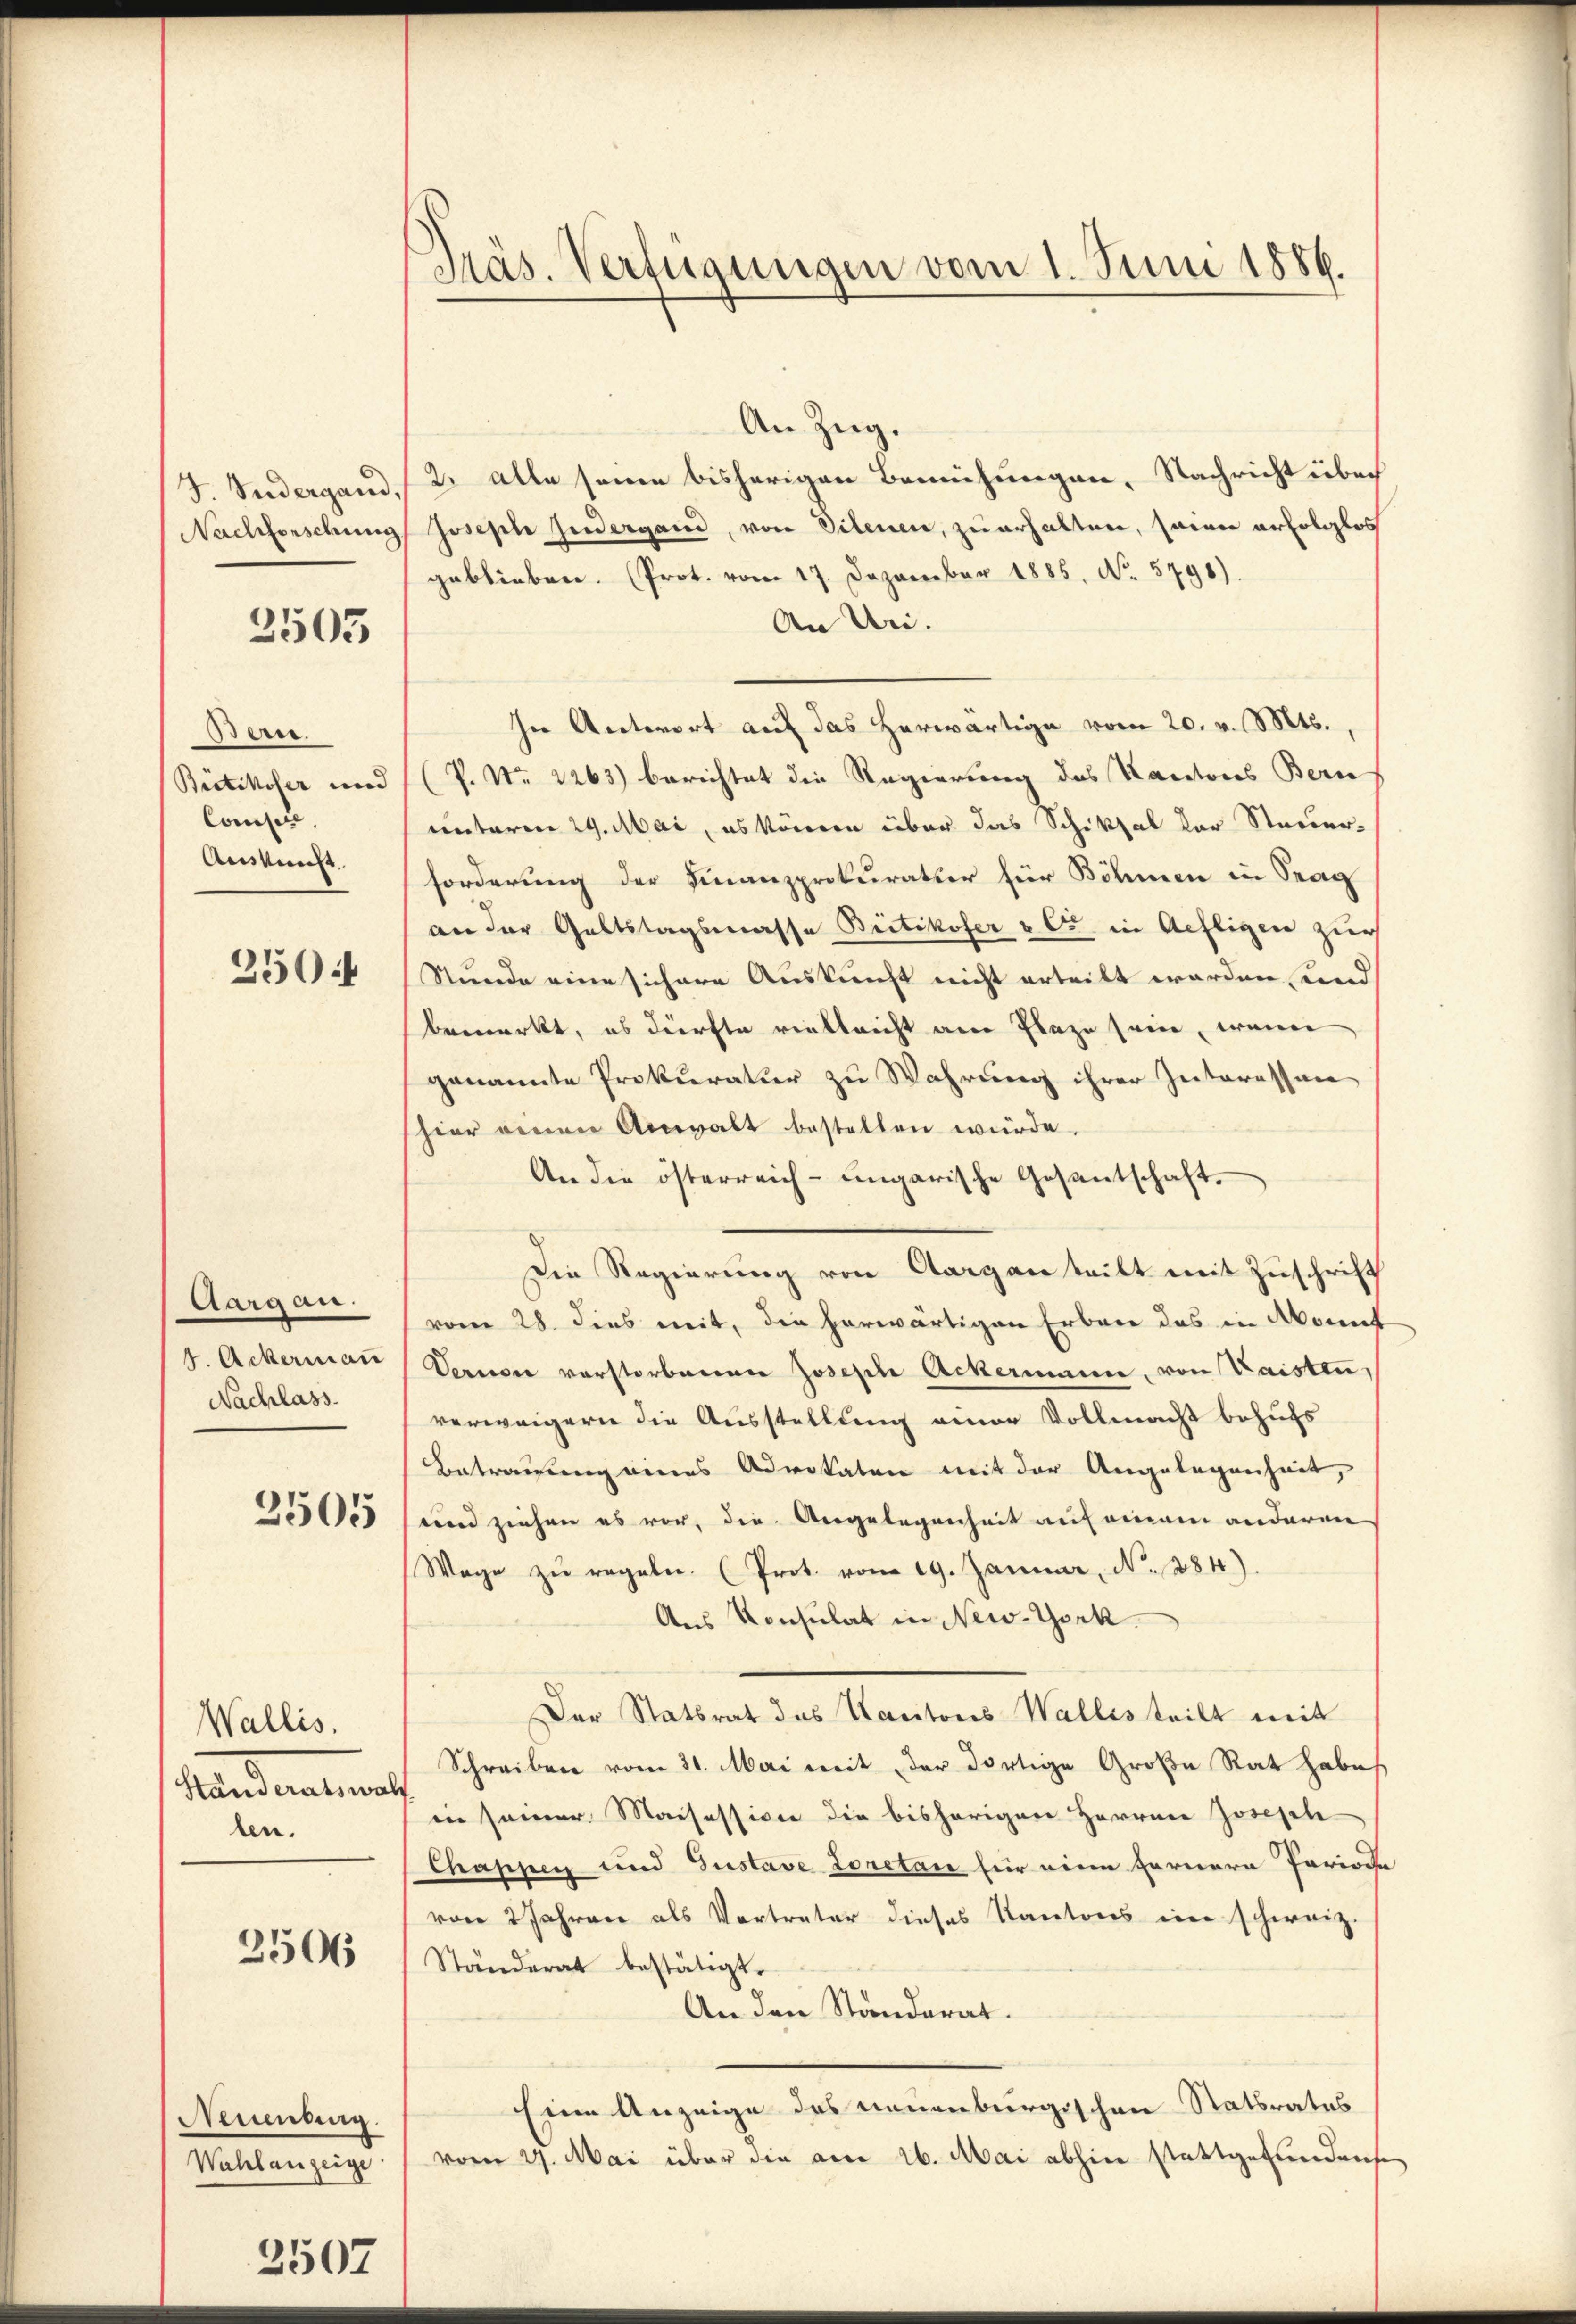
2505

Bern.
Britikoser und
Consen.
Ainkunft.

250:

taigen.
4. Ackermann
Nachlass

2505

Wallis.
Mandanten
ten.

2506

Neuenburg.
Wahlanzeige

3507

Präs. Verfügungen vom 1. Juni 1889.

An Zug.
J. Sudergand, 12. alle seine bisherigen Bemühungen, Nachricht über
Nachforschung Joseph Judergand, von Silenen, zu erhalten, seiner erfolglos
geblieben. (Prot. vom 17. Dezember 1885. No. 5798).
An Uri.
In Antwort auf das herwärtige vom 20. v. Mts.,
(P. Nr. 2263) berichtet die Regierung des Kantons Bern
unterm 29. Mai, es können über das Schiksal der Steuerforderung der Finanzprokuratur für Böhmen in Trag
an der Geltstagsmasse Bietikofer & C in Aefligen zur
Stunde eine sichere Auskunft nicht erteilt worden, und
bemerkt, es dürfte vielleicht am Plaze seine, wenn
genannte Prokuratur zu Wahrung ihrer Interessan
hier einen Anwalt bestellen würde.
An die österreich-ungarische Gesantschaft.
Die Regierung von Aargau teilt mit Zuschrift
vom 28. dies mit, die herwärtigen Erbare das in Monnt
Vernen verstorbeerner Joseph Ackermann, von Waisten,
verweigern die Ausstellung einer Vollmacht behufs
Betrauung eines Advokaten mit der Angelegenheit,
eien ziehen es vor, die Angelegenheit auf einem anderen
Wage zŭ regeler. (Prot. vom 19. Januar, N. 284).
Aus Konsulat in New-York
Der Statsrat das Kantons Wallisteilt mit
Schreiben vom 31. Mai mit der dortige Große Rat habe
d
in seiner Maisession die bisherigen Herrn Joseph
Chappen und Gustave Loretan für eine fernern Periode
von 2 Jahren als Vertreter dieses Kantons eine schweiz.
Ständerat bestätigt.
An den Ständerat.
Eine Anzeige des neuenburgischen Statsrates
vom 27. Mai über die am 26. Mai abhin stattgefundense